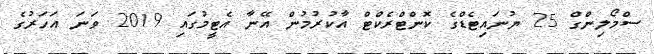
ސްމޯލިންގް 25 ޔުނައިޓެޑްގެ ކޮންޓްރެކްޓް އާކުރުމުން އޭނާ އެޓީމުގައި 2019 ވަނަ އަހަރުގެ